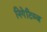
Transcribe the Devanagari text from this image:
निगेटिव्ज